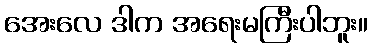
အေးလေ ဒါက အရေးမကြီးပါဘူး။